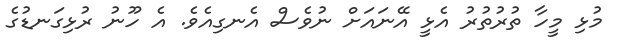
މުޅި މީހާ ތުރުތުރު އެޅީ އޭނައަށް ނުވެސް އެނގިއެވެ. އެ ހޫނު ރުޅިގަނޑުގެ